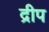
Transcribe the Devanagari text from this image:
द्रीप